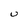
Character: U